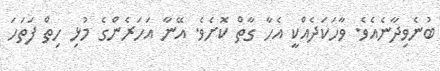
ބުނެވިދާނެއެވެ. ވާހަކަދެއްކީ އެހާ ގާތް ކޮށެވެ. އޭނާ އަހަރެންގެ މުޅި ހިތް ފަތަހަ